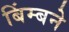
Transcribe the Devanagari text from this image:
बिंम्बने